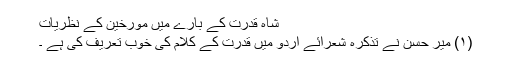
شاہ قدرت کے بارے میں مؤرخین کے نظریات
(۱) میر حسن نے تذکرہ شعرائے اردو میں قدرت کے کلام کی خوب تعریف کی ہے ۔